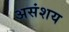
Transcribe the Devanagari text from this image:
असंशय